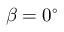
\beta = 0 ^ { \circ }